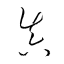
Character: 眞